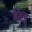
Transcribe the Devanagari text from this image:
वहड़